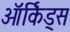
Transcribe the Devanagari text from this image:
ऑर्किड्स